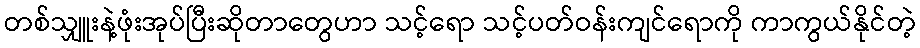
တစ်သျှူးနဲ့ဖုံးအုပ်ပြီးဆိုတာတွေဟာ သင့်ရော သင့်ပတ်ဝန်းကျင်ရောကို ကာကွယ်နိုင်တဲ့